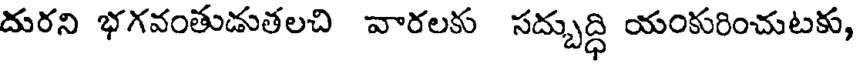
దురని భగవంతుడుతలచి వారలకు సద్బుద్ధి యంకురించుటకు,